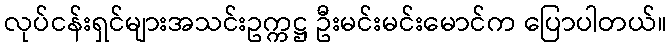
လုပ်ငန်းရှင်များအသင်းဥက္ကဋ္ဌ ဦးမင်းမင်းမောင်က ပြောပါတယ်။